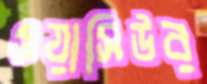
ওয়াসিউর